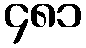
၄၈၁